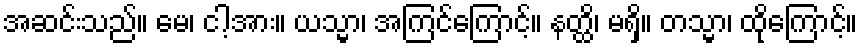
အဆင်းသည်။ မေ၊ ငါ့အား။ ယသ္မာ၊ အကြင်ကြောင့်။ နတ္ထိ၊ မရှိ။ တသ္မာ၊ ထိုကြောင့်။